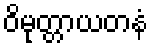
ဝိမုတ္တာယတနံ